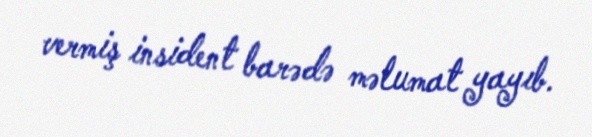
vermiş insident barədə məlumat yayıb.